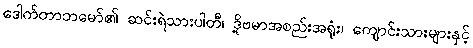
ဒေါက်တာဘမော်၏ ဆင်းရဲသားပါတီ၊ ဒို့ဗမာအစည်းအရုံး၊ ကျောင်းသားများနှင့်